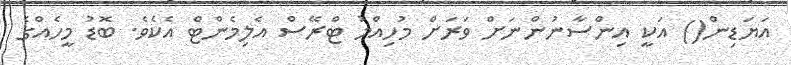
އަޔަޑިން() އަކީ އިންސާނުންނަށް ވަރަށް މުހިއްމު ޓްރޭސް އެލިމެންޓް އެކެވެ. ބޮޑު މީހެއްގެ